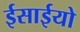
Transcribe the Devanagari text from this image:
ईसाईयो